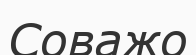
Соважо